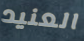
العنيد